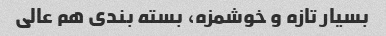
بسیار تازه و خوشمزه، بسته بندی هم عالی